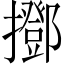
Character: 𢸞